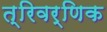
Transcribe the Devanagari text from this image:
त्रिवर्णिक